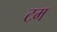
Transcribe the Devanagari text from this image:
टम